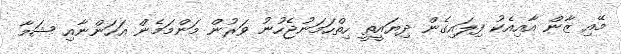
މޭއި ޒާން އާއިއެކު ފިލައިގެން ދިޔައީތީ ހިތްހަމަނުޖެހުނު ވަރުން މަންމަމެން އަހަންނާއި ޝަމާ